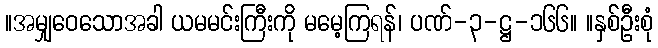
။အမျှဝေသောအခါ ယမမင်းကြီးကို မမေ့ကြရန်၊ ပဏ်-၃-ဋ္ဌ-၁၆၆။ ။နှစ်ဦးစုံ